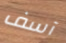
آسف